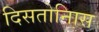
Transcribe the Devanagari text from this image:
दिसतोनिास